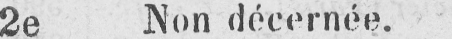
2e Non décernée.